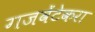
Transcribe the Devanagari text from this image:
गजवेंटेकरा